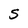
Character: S